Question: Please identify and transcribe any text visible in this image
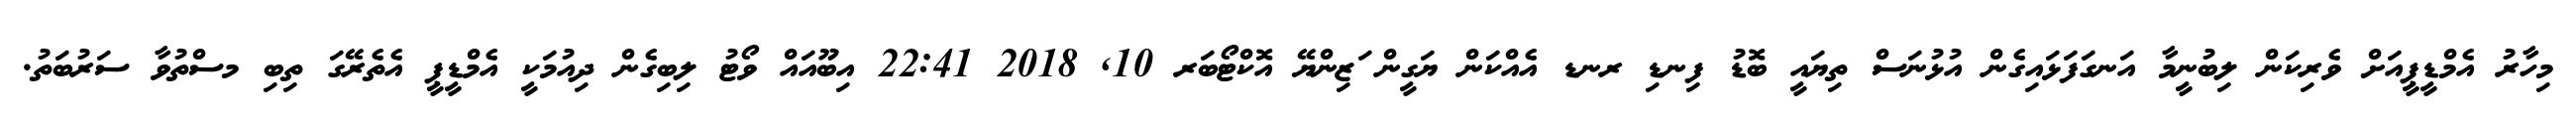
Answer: މިހާރު އެމްޑީޕީއަށް ވެރިކަން ލިބުނީމާ އަނގަފަޅައިގެން އުޅުނަސް ތިޔައީ ބޮޑު ފިނޑި ރނޑ އެއްކަން ޔަގީން ަޒިންޔޭ އޮކްޓޯބަރ 10, 2018 22:41 އިބޫއައް ވޯޓު ލިބިގެން ދިއުމަކީ އެމްޑީޕީ އެތެރޭގަ ތިބި މސްތުވާ ސަރުބަތު.